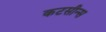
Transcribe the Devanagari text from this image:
कटसीन्स